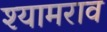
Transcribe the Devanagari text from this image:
श्‍यामराव